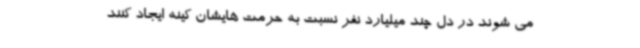
می شوند در دل چند میلیارد نفر نسبت به حرمت هایشان کینه ایجاد کنند